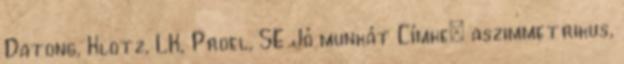
Datong, Klotz, LK, Proel, SE Jó munkát Címke: aszimmetrikus,